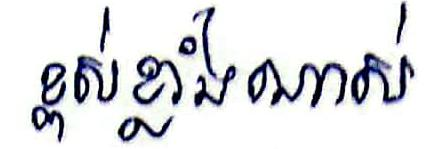
ខ្ពស់ខ្លាំងណាស់